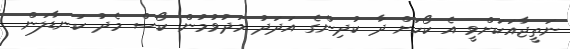
ނަތީޖާއަކަށްވީ އެ ކޯހަށް ދާ ކުދިންގެ އަދަދު މަދުވުމުން ކޯސް މެދު ކަނޑާލަން